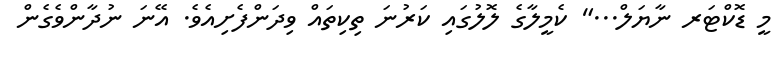
މީ ޑޮކްޓަރ ނާޔަލް..." ކެމީލާގެ ލޮލުގައި ކަރުނަ ތިކިތައް ވިދަންފެށިއެވެ. އޭނަ ނުދާންވެގެން